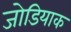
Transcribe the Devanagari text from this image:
जोडियाक